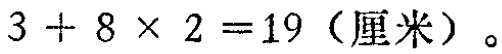
\(3 + 8\times 2 = 19 \text{（厘米）}。\)